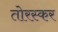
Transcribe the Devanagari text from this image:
तोरस्कर